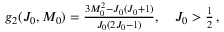
\begin{array} { r } { g _ { 2 } ( J _ { 0 } , M _ { 0 } ) = \frac { 3 M _ { 0 } ^ { 2 } - J _ { 0 } ( J _ { 0 } + 1 ) } { J _ { 0 } ( 2 J _ { 0 } - 1 ) } , \quad J _ { 0 } > \frac { 1 } { 2 } \, , } \end{array}